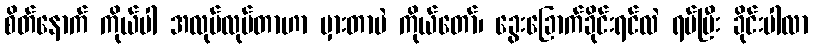
စိတ်နောက် ကိုယ်ပါ အလုပ်လုပ်တာဟာ မှားတာပဲ ကိုယ်တော်၊ ခွေးခြောက်ခိုင်းရင်လဲ ရပ်ပြီး ခိုင်းပါလာ